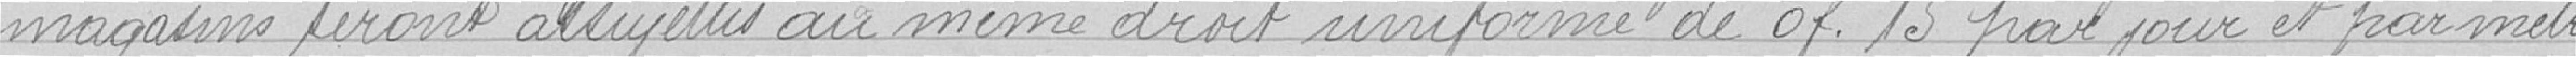
magasins seront assujettis au même droit uniforme de 0 franc 15 par jour et par mètre